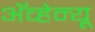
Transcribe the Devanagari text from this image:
अॅव्हेन्यू